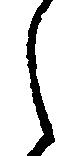
し